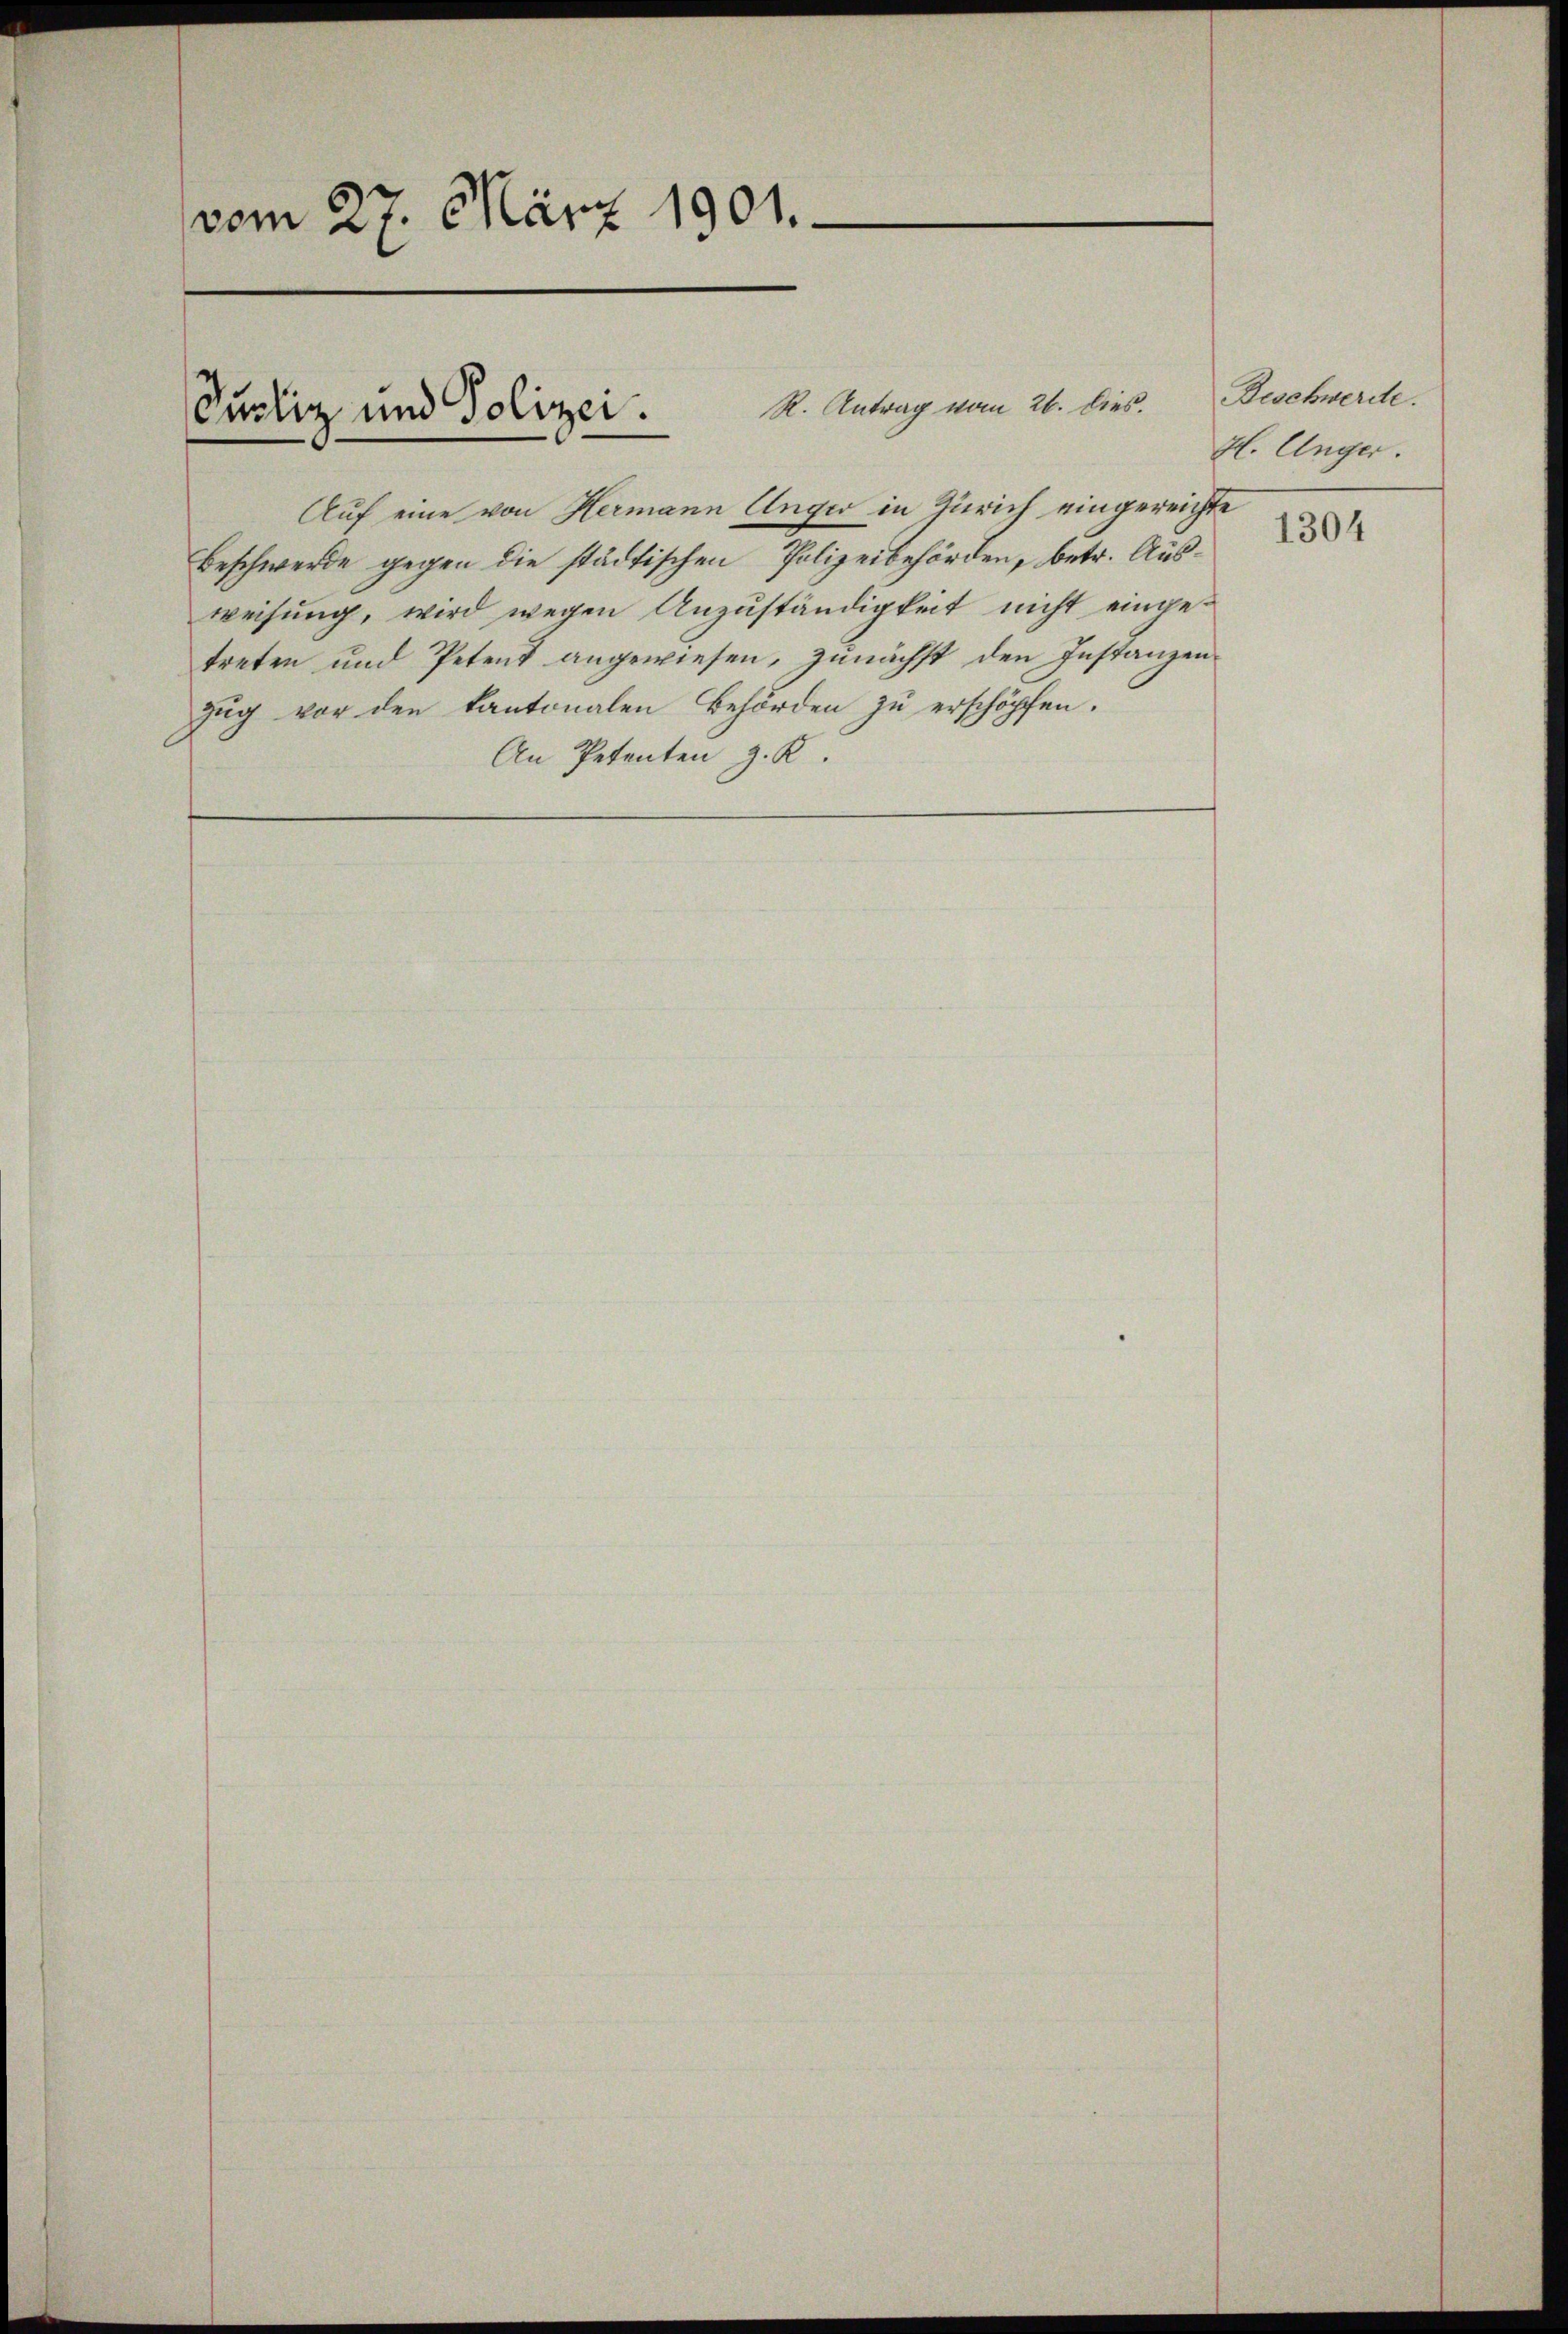
vom 27. März 1901.

R. Antrag vom 26. Dies.
Supliz und Polizei.

Auf eine von Hermann Unger in Zürich eingereichte
Beschwerde gegen die städtischen Polizeibehörden, betr. Ausweisung, wird wegen Anzuständigkeit nicht eingetreten und Petent angewiesen, zŭnächst den Instanzen
zug vor den kantonalen Behörden zu erschöpfen.
An Petenten z. K

Beschwerde.
H. Unger.

1304